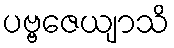
ပဗ္ဗဇေယျာသိ